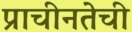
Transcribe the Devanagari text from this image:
प्राचीनतेची